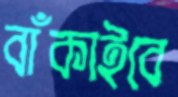
বাঁকাইবে